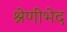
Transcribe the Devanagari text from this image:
श्रेणीभेद